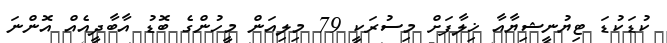
ކުޑަކުޑަ ޓިޔުނީޝިޔާއާ ޚިލާފަށް މިސުރަކީ 79 މިލިއަން މީހުންގެ ބޮޑު އާބާދީއެއް އޮންނަ